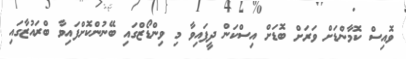
ވޮއިސް ކޮމާންޑަށް ވަރަށް ބޮޑަށް އިސްކަން ދީފައިވާ މި ވިންޑޯޒްގައި ބޭނުންކޮށްފައިވާ ބްރައުޒާގައި